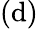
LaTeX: (\mathrm{d})